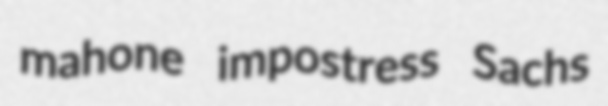
mahone impostress Sachs